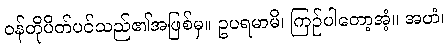
ဝန်တိုပိတ်ပင်သည်၏အဖြစ်မှ။ ဥပရမာမိ၊ ကြဉ်ပါတော့အံ့။ အဟံ၊